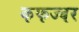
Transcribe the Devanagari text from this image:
कफज्वर